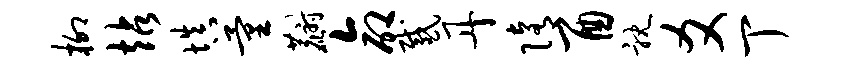
柳站填量麝命感丹隋酉耽爻丁